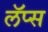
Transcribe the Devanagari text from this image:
लॅप्स